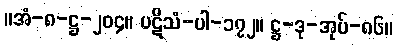
။အံ-၈-ဋ္ဌ-၂၀၄။ ပဋိသံ-ပါ-၁၇၂။ ဋ္ဌ-ဒု-အုပ်-၈၆။